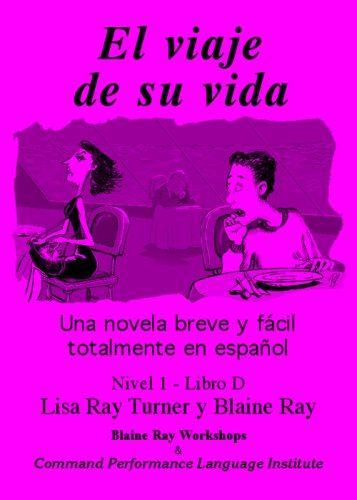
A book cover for El Viaje de Su Vida (Nivel 1 / Libro D) (Spanish Edition); Lisa Ray Turner; Literature & Fiction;